system: You are a helpful assistant.
user:
Analyze the provided spectrum to determine if it is a **S-type Star**.

- **Key Indicators for S-type Star:**

    - **(Overall Spectrum Shape):** The first and most obvious characteristic is the overall continuum (the "baseline" shape). It is **extremely "red-sloping,"** meaning the flux (light intensity) is very low on the left side (blue, ~4000-4500 Å) and rises steeply and continuously toward the right side (red, ~7000 Å+).

    - **(Primary):** The spectrum is defined by the presence of strong, broad molecular absorption "valleys" (bands) from **Zirconium Oxide (ZrO)**. The identification of these bands is the **primary requirement** for classifying a star as S-type.
        - **(Key Bandheads):** You must find distinct, deep "dips" where the light has been absorbed. The most critical band systems to locate are:
            - **~6474 Å** ($\gamma$-system): This is often the strongest and clearest ZrO feature, found in the red part of the spectrum.
            - **~5718 Å** & **~5551 Å** ($\beta$-system): A pair of prominent absorption features in the yellow-orange part of the spectrum.
            - **~4640 Å** ($\alpha$-system): A key absorption band system in the blue-green region of the spectrum.

    - **(Secondary Confirmation):** The classification is strengthened by finding additional absorption bands from other related heavy element oxides, which are expected to be present alongside ZrO.
        - **(Key Bandheads):**
            - **Yttrium Oxide (YO):** Look for absorption dips near **~4800 Å** and **~6100 Å**.
            - **Lanthanum Oxide (LaO):** Additional absorption features, particularly in the red-orange part of the spectrum, are also characteristic.

    - **(Line Profile):** The combination of the steep red continuum and these numerous, deep molecular bands (ZrO, YO, etc.) gives the entire spectrum a very **"chopped-up"** or **"bumpy"** appearance. Instead of a smooth curve, the spectrum looks as though large, wide chunks of light have been "carved out" of it at the specific wavelengths listed above.

Think first, call **spectral_visualization_tool** if needed to examine features in detail, then provide your final answer. Your response must adhere to the following strict rules:
1.  **Overall Structure:** Your response must follow the format `<think>...</think> <tool_call>...</tool_call> (if a tool is used) <answer>...</answer>`.
2.  **Tool Usage Constraint:** You may only make **one** tool call per turn.
3.  **Final Answer Format:** In the `<answer>` tag, your conclusion must be inside a `\boxed{}` command (e.g., `\boxed{YES}` or `\boxed{NO}`), followed by your justification.

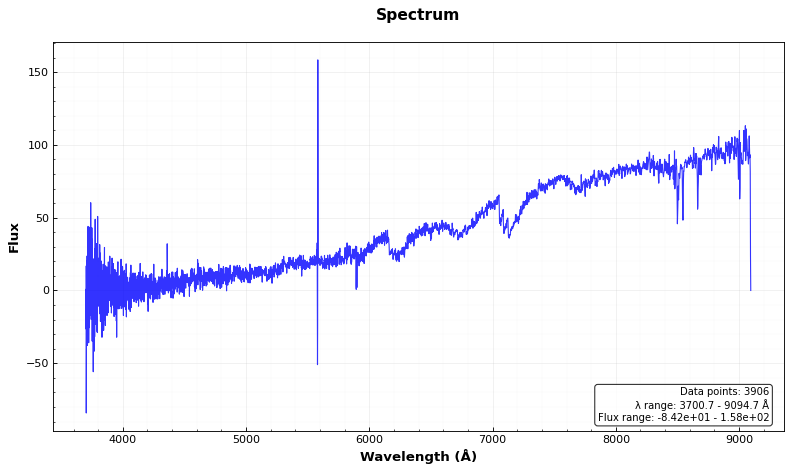
Answer: NO